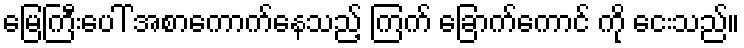
မြေကြီးပေါ် အစာကောက်နေသည့် ကြက် ခြောက်ကောင် ကို ငေးသည်။